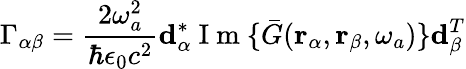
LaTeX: \Gamma_{\alpha\beta}=\frac{2\omega_{a}^{2}}{\hbar\epsilon_{0}c^{2}}\mathbf{d}_{\alpha}^{*}\mathrm{~I~m~}\{ \bar{G}(\mathbf{r}_{\alpha},\mathbf{r}_{\beta},\omega_{a})\} \mathbf{d}_{\beta}^{T}